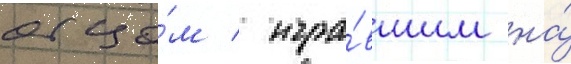
отцо́м / игра́вшим на́